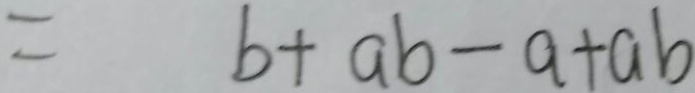
= b + a b - a + a b